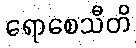
ရောစေသီတိ